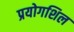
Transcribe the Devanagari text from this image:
प्रयोगशिल